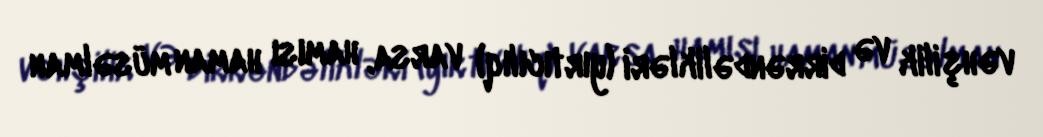
vəhşilik və dirrəndəlikləri (yırtıcılıq) varsa, hamısı haman müsəlman